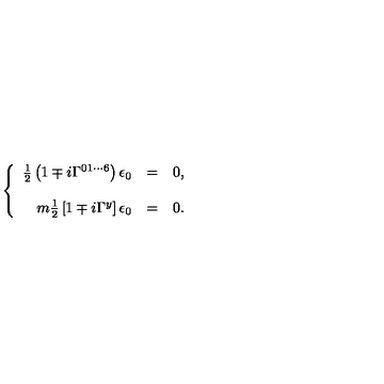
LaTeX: \left\{ \begin{array} { r c l } { \frac { 1 } { 2 } \left( 1 \mp i \Gamma ^ { 0 1 \cdots 6 } \right) \epsilon _ { 0 } } & { = } & { 0 , } \\ { } & { } & { } \\ { m { \textstyle \frac { 1 } { 2 } } \left[ 1 \mp i \Gamma ^ { y } \right] \epsilon _ { 0 } } & { = } & { 0 . } \\ \end{array} \right.